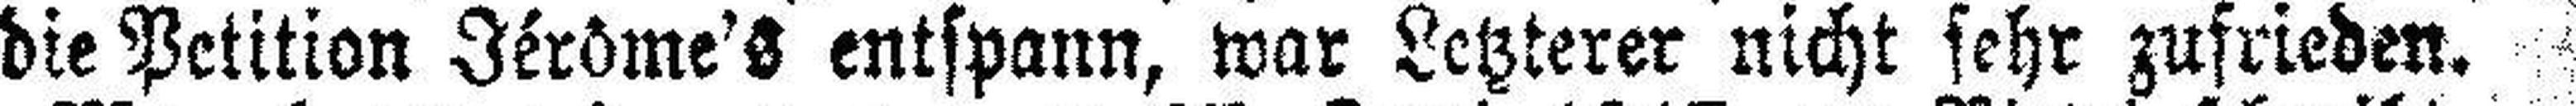
die Petition Jérôme's entspann, war Letzterer nicht sehr zufrieden.